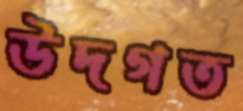
উদগত